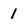
Character: 1